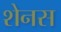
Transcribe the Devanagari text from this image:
शेनस